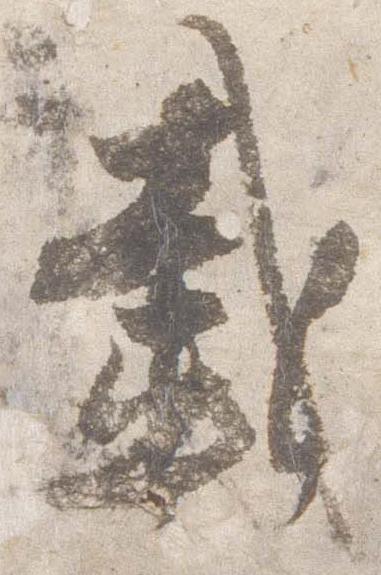
載